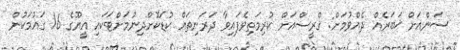
ސަންއަށް ޚަބަރެއް ދެއްވުމަށް: ގްރީސްއަށް ކުރިމަތިވެފައިވާ ދަރަނިތައް ކުޑަކޮށްދިނުމަށްޓަކައި އީޔޫގެ 16 ގައުމަކުން